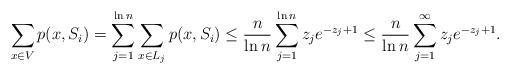
LaTeX: \begin{align*}\sum_{x \in V} p(x, S_i) = \sum_{j = 1}^{\ln n} \sum_{x \in L_j} p(x, S_i) \leq \frac{n}{\ln n} \sum_{j=1}^{\ln n} z_j e^{-z_j + 1} \leq \frac{n}{\ln n} \sum_{j=1}^{\infty} z_j e^{-z_j + 1}.\end{align*}